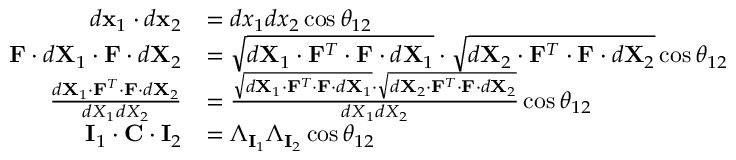
{ \begin{array} { r l } { d \mathbf { x } _ { 1 } \cdot d \mathbf { x } _ { 2 } } & { = d x _ { 1 } d x _ { 2 } \cos \theta _ { 1 2 } } \\ { \mathbf { F } \cdot d \mathbf { X } _ { 1 } \cdot \mathbf { F } \cdot d \mathbf { X } _ { 2 } } & { = { \sqrt { d \mathbf { X } _ { 1 } \cdot \mathbf { F } ^ { T } \cdot \mathbf { F } \cdot d \mathbf { X } _ { 1 } } } \cdot { \sqrt { d \mathbf { X } _ { 2 } \cdot \mathbf { F } ^ { T } \cdot \mathbf { F } \cdot d \mathbf { X } _ { 2 } } } \cos \theta _ { 1 2 } } \\ { { \frac { d \mathbf { X } _ { 1 } \cdot \mathbf { F } ^ { T } \cdot \mathbf { F } \cdot d \mathbf { X } _ { 2 } } { d X _ { 1 } d X _ { 2 } } } } & { = { \frac { { \sqrt { d \mathbf { X } _ { 1 } \cdot \mathbf { F } ^ { T } \cdot \mathbf { F } \cdot d \mathbf { X } _ { 1 } } } \cdot { \sqrt { d \mathbf { X } _ { 2 } \cdot \mathbf { F } ^ { T } \cdot \mathbf { F } \cdot d \mathbf { X } _ { 2 } } } } { d X _ { 1 } d X _ { 2 } } } \cos \theta _ { 1 2 } } \\ { \mathbf { I } _ { 1 } \cdot \mathbf { C } \cdot \mathbf { I } _ { 2 } } & { = \Lambda _ { \mathbf { I } _ { 1 } } \Lambda _ { \mathbf { I } _ { 2 } } \cos \theta _ { 1 2 } } \end{array} }